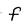
Character: f